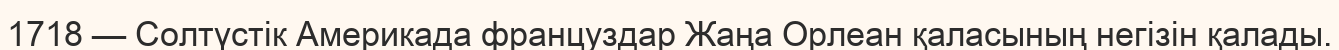
1718 — Солтүстік Америкада француздар Жаңа Орлеан қаласының негізін қалады.